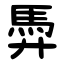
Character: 馵